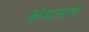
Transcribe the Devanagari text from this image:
कोबाल्टचे